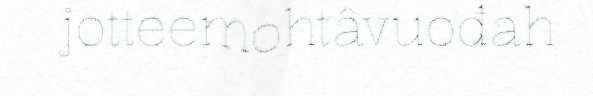
jotteemohtâvuođah